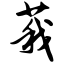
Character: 莪